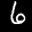
Label: 6